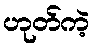
ဟုတ်ကဲ့